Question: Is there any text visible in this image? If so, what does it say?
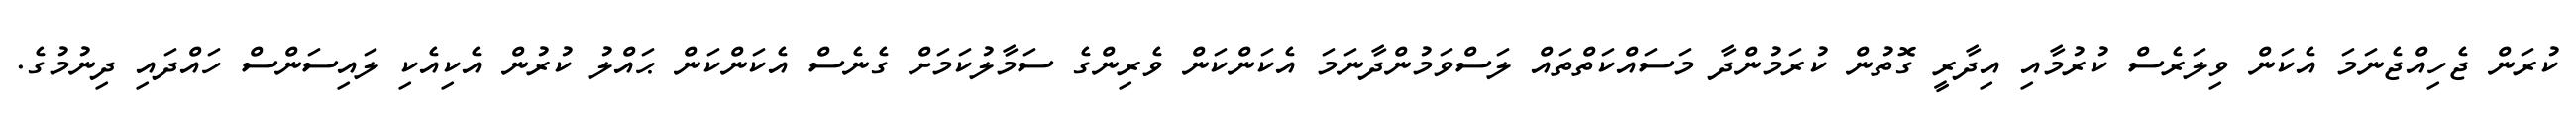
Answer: ކުރަން ޖެހިއްޖެނަމަ އެކަން ވިލަރެސް ކުރުމާއި އިދާރީ ގޮތުން ކުރަމުންދާ މަސައްކަތްތައް ލަސްވަމުންދާނަމަ އެކަންކަން ވެރިންގެ ސަމާލުކަމަށް ގެނެސް އެކަންކަން ޙައްލު ކުރުން އެކިއެކި ލައިސަންސް ހައްދައި ދިނުމުގެ.